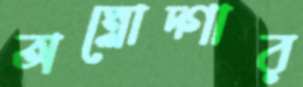
অম্লোদ্গার